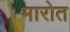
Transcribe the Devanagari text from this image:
भारोत